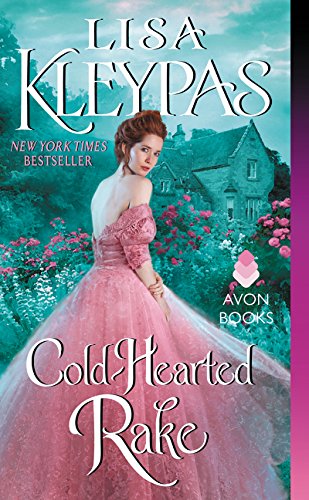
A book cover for Cold-Hearted Rake; Lisa Kleypas; Romance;